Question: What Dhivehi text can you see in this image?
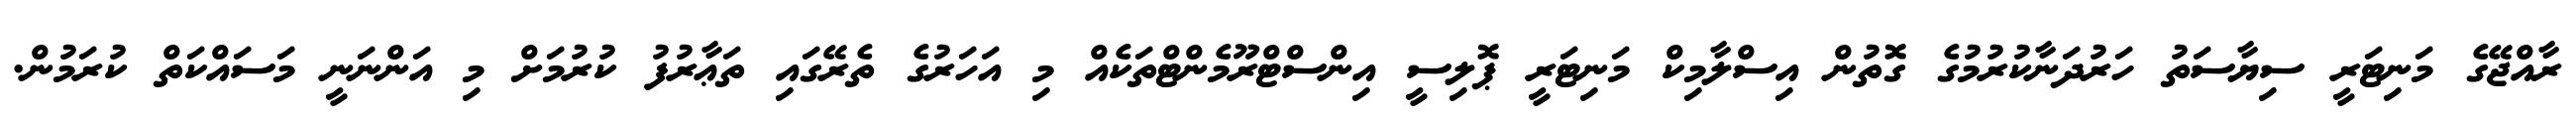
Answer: ރާއްޖޭގެ މަނިޓަރީ ސިޔާސަތު ހަރުދަނާކުރުމުގެ ގޮތުން އިސްލާމިކް މަނިޓަރީ ޕޮލިސީ އިންސްޓްރޫމެންޓްތަކެއް މި އަހަރުގެ ތެރޭގައި ތަޢާރުފު ކުރުމަށް މި އަންނަނީ މަސައްކަތް ކުރަމުން.